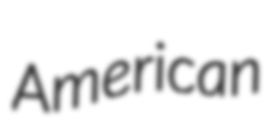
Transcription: American